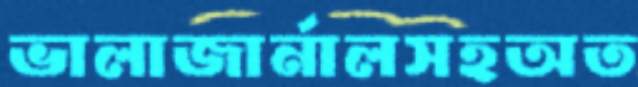
ভালাজার্নালসহঅত